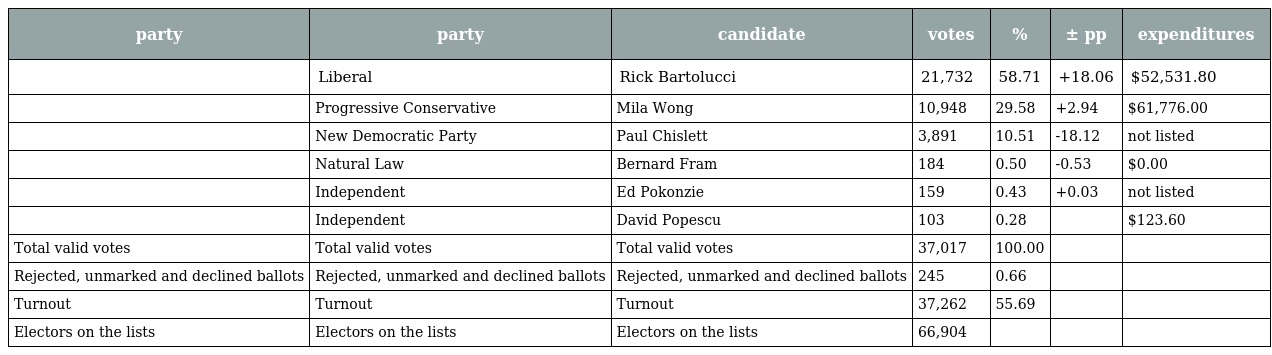
| party | party | candidate | votes | % | ± pp | expenditures |
 | --- | --- | --- | --- | --- | --- | --- |
 |  | Liberal | Rick Bartolucci | 21,732 | 58.71 | +18.06 | $52,531.80 |
 |  | Progressive Conservative | Mila Wong | 10,948 | 29.58 | +2.94 | $61,776.00 |
 |  | New Democratic Party | Paul Chislett | 3,891 | 10.51 | -18.12 | not listed |
 |  | Natural Law | Bernard Fram | 184 | 0.50 | -0.53 | $0.00 |
 |  | Independent | Ed Pokonzie | 159 | 0.43 | +0.03 | not listed |
 |  | Independent | David Popescu | 103 | 0.28 |  | $123.60 |
 | Total valid votes | Total valid votes | Total valid votes | 37,017 | 100.00 |  |  |
 | Rejected, unmarked and declined ballots | Rejected, unmarked and declined ballots | Rejected, unmarked and declined ballots | 245 | 0.66 |  |  |
 | Turnout | Turnout | Turnout | 37,262 | 55.69 |  |  |
 | Electors on the lists | Electors on the lists | Electors on the lists | 66,904 |  |  |  |